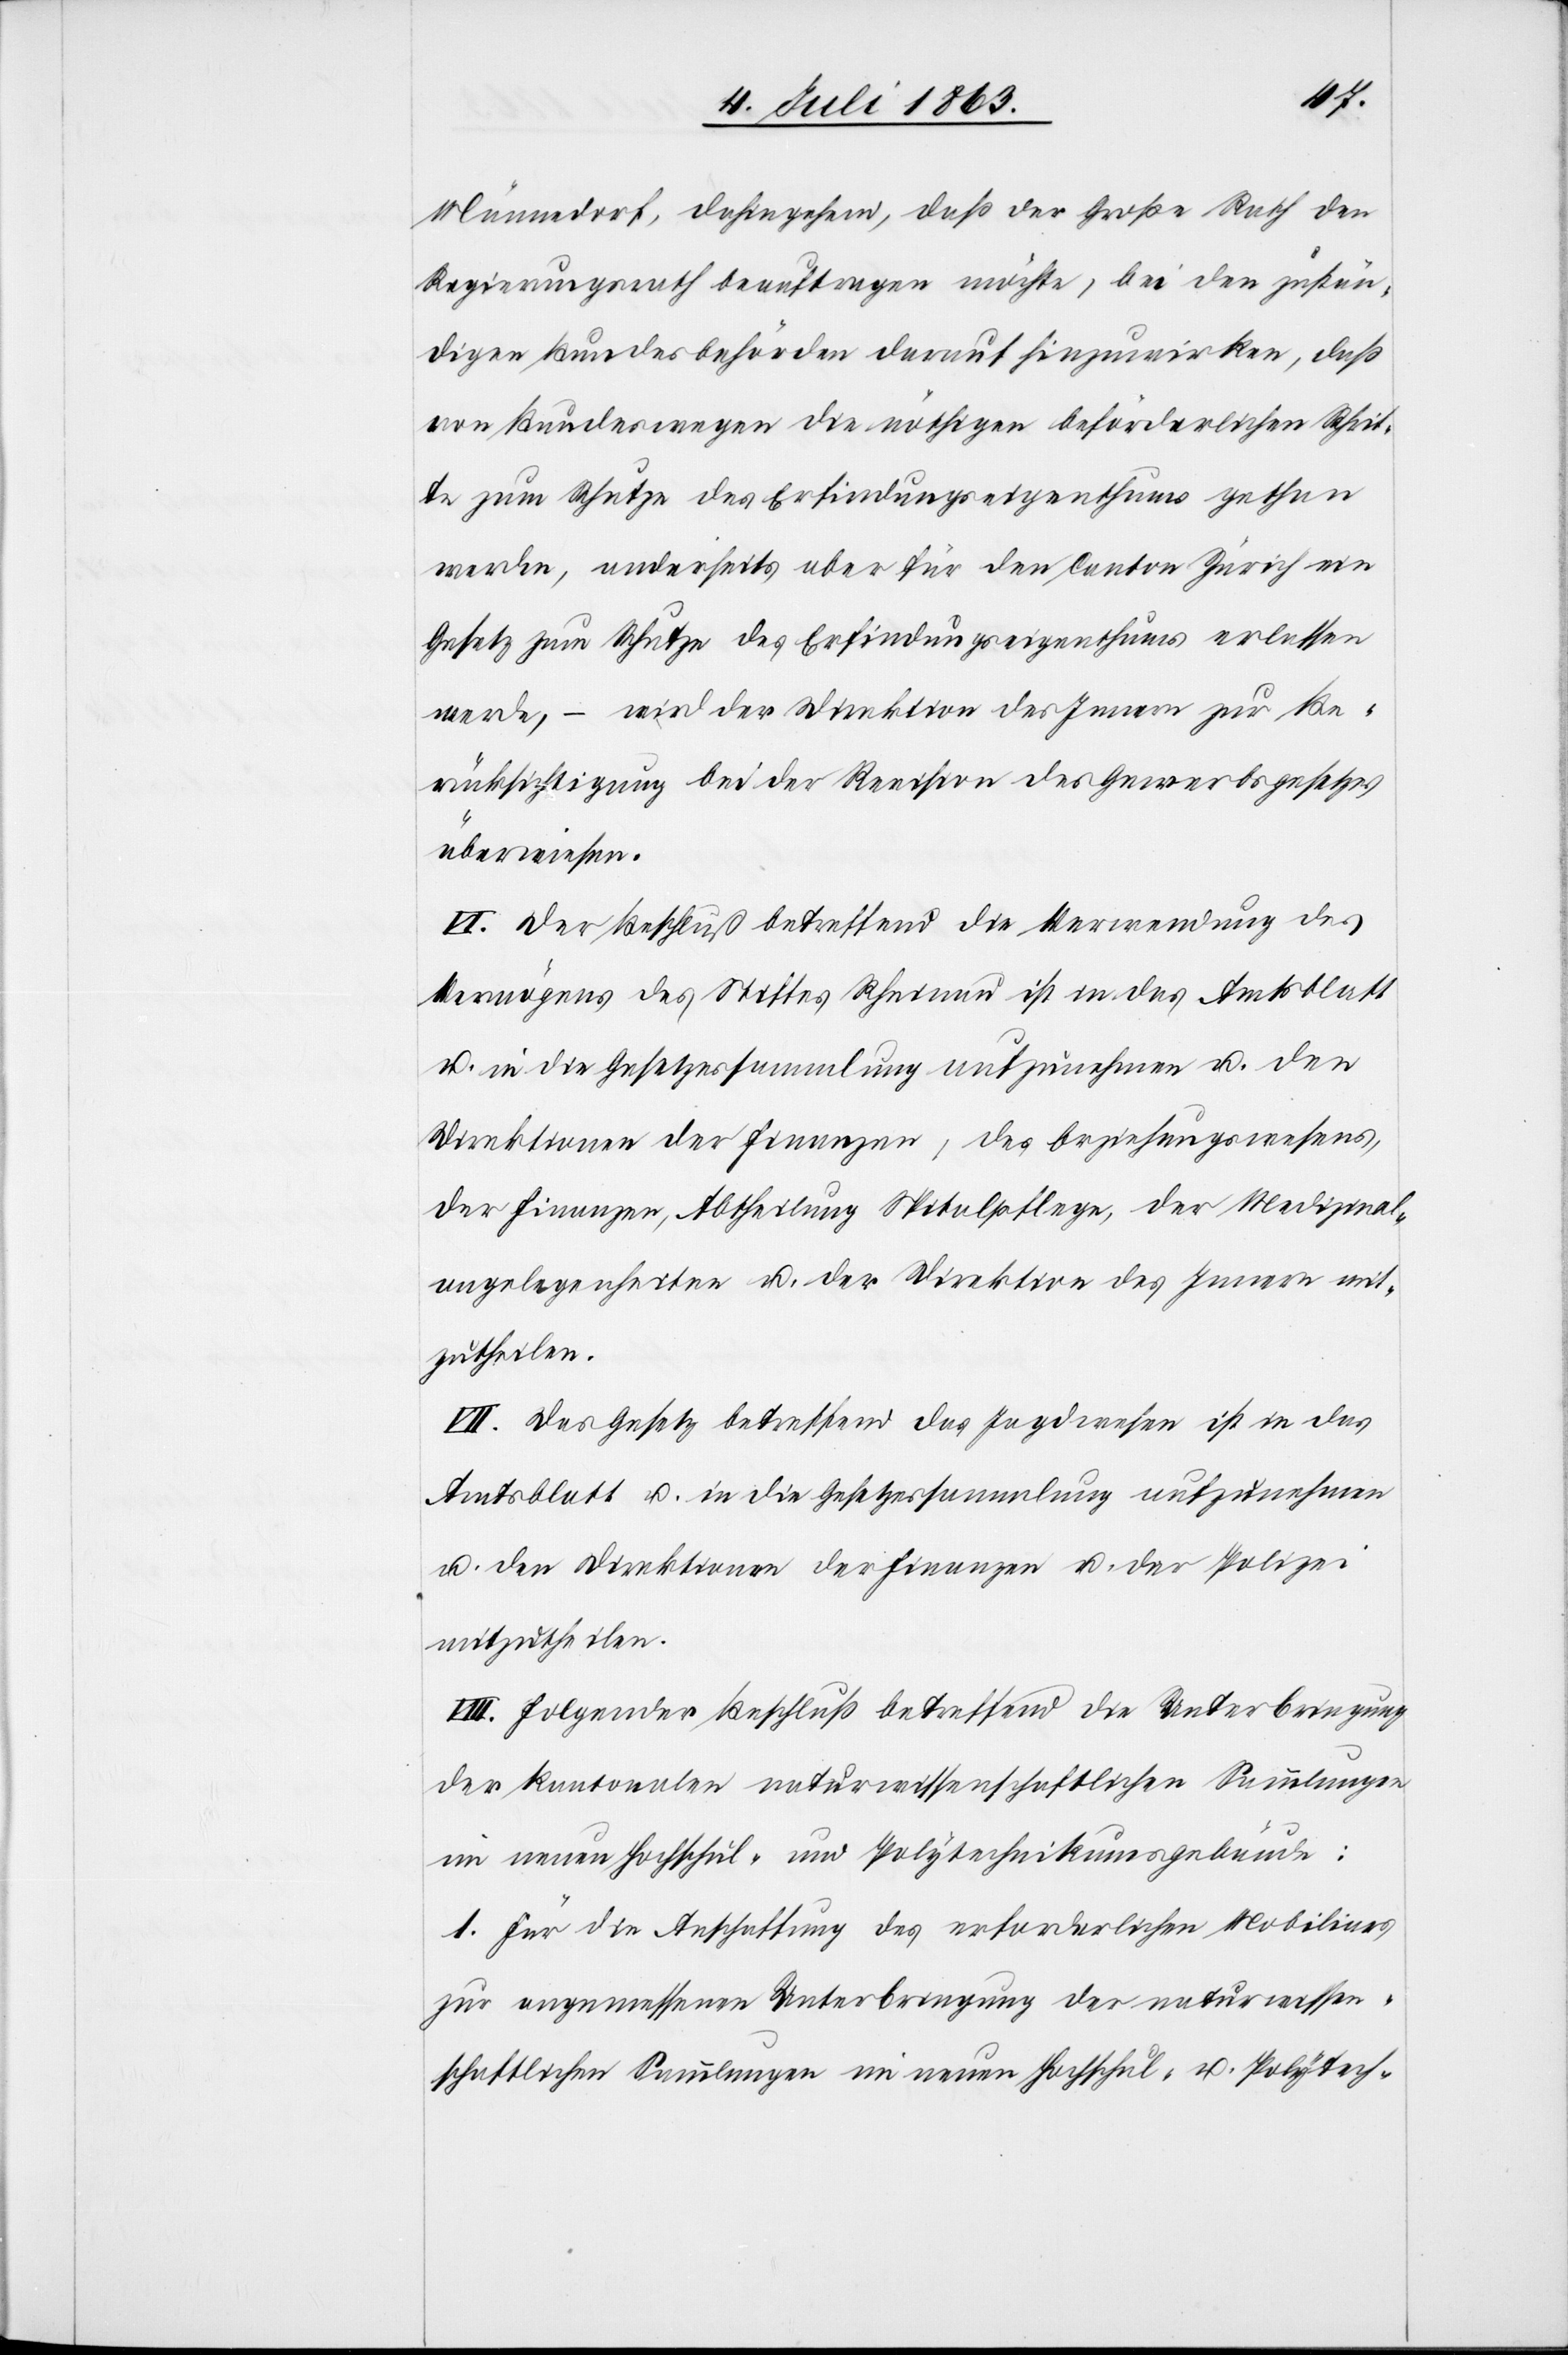
Männedorf, dahingehend, daß der Große Rath den
Regierungsrath beauftragen möchte, bei den zustän¬
digen Bundesbehörden darauf hinzuwirken, daß
von Bundeswegen die nöthigen beförderlichen Schrit¬
te zum Schutze des Erfindungseigenthums gethan
werden, anderseits aber für den Canton Zürich ein
Gesetz zum Schutze des Erfindungseigenthums erlassen
werde, – wird der Direktion des Innern zur Be¬
rücksichtigung bei der Revision des Gewerbsgesetzes
überwiesen.
VI. Der Beschluß betreffend die Verwendung des
Vermögens des Stiftes Rheinau ist in das Amtsblatt
u. in die Gesetzessammlung aufzunehmen u. den
Direktionen der Finanzen, des Erziehungswesens,
der Finanzen, Abtheilung Spitalpflege, der Medizinal¬
angelegenheiten u. der Direktion des Innern mit¬
zutheilen.
VII. Das Gesetz betreffend das Jagdwesen ist in das
Amtsblatt u. in die Gesetzessammlung aufzunehmen
u. den Direktionen des Innern u. der Polizei
mitzutheilen.
VIII. Folgender Beschluß betreffend die Unterbringung
der kantonalen naturwissenschaftlichen Sammlungen
im neuen Hochschul- und Polytechnikumsgebäude:
1. Für die Anschaffung des erforderlichen Mobiliars
zur angemessenen Unterbringung der naturwissen¬
schaftlichen Sammlungen im neuen Hochschul- u. Polytech-